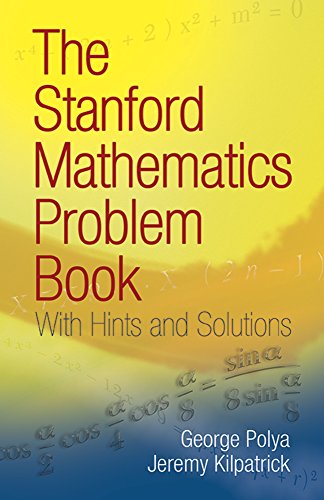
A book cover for The Stanford Mathematics Problem Book: With Hints and Solutions (Dover Books on Mathematics); G. Polya; Science & Math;